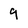
Character: 9